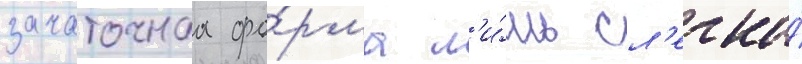
зачаточнаа фо́рма л'и́шь сл'егка́